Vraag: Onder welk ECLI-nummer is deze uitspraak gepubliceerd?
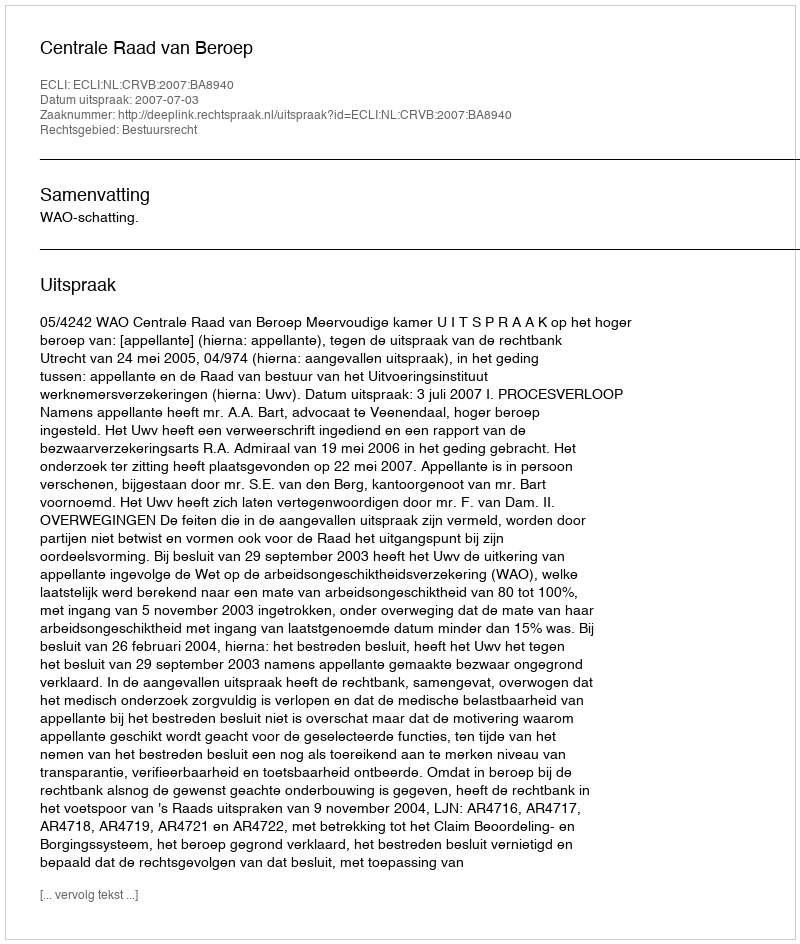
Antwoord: ECLI:NL:CRVB:2007:BA8940